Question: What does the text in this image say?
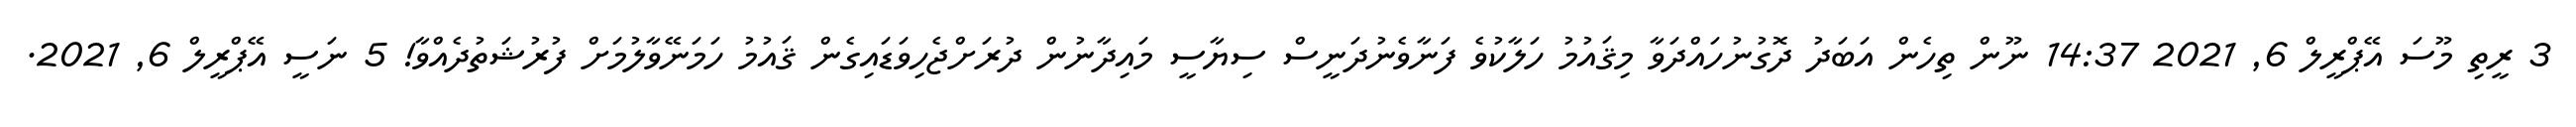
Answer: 3 ރީތި މޫސަ އޭޕްރީލް 6, 2021 14:37 ނޫން ތިހެން އަބަދު ދޮގުނުހައްދަވާ މިޤައުމު ހަލާކުވެ ފަނާވެނުދަނީސް ސިޔާސީ މައިދާނުން ދުރަށްޖެހިވަޑައިގެން ޤައުމު ހަމަނޭވާލުމަށް ފުރުޝަތުދެއްވާ! 5 ނަސީ އޭޕްރީލް 6, 2021.